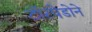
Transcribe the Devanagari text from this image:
टॉरपेडोने